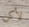
لأكن